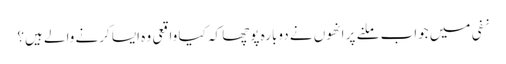
نفی میں جواب ملنے پر انھوں نے دوبارہ پوچھا کہ کیا واقعی وہ ایسا کرنے والے ہیں؟